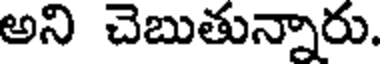
అని చెబుతున్నారు.